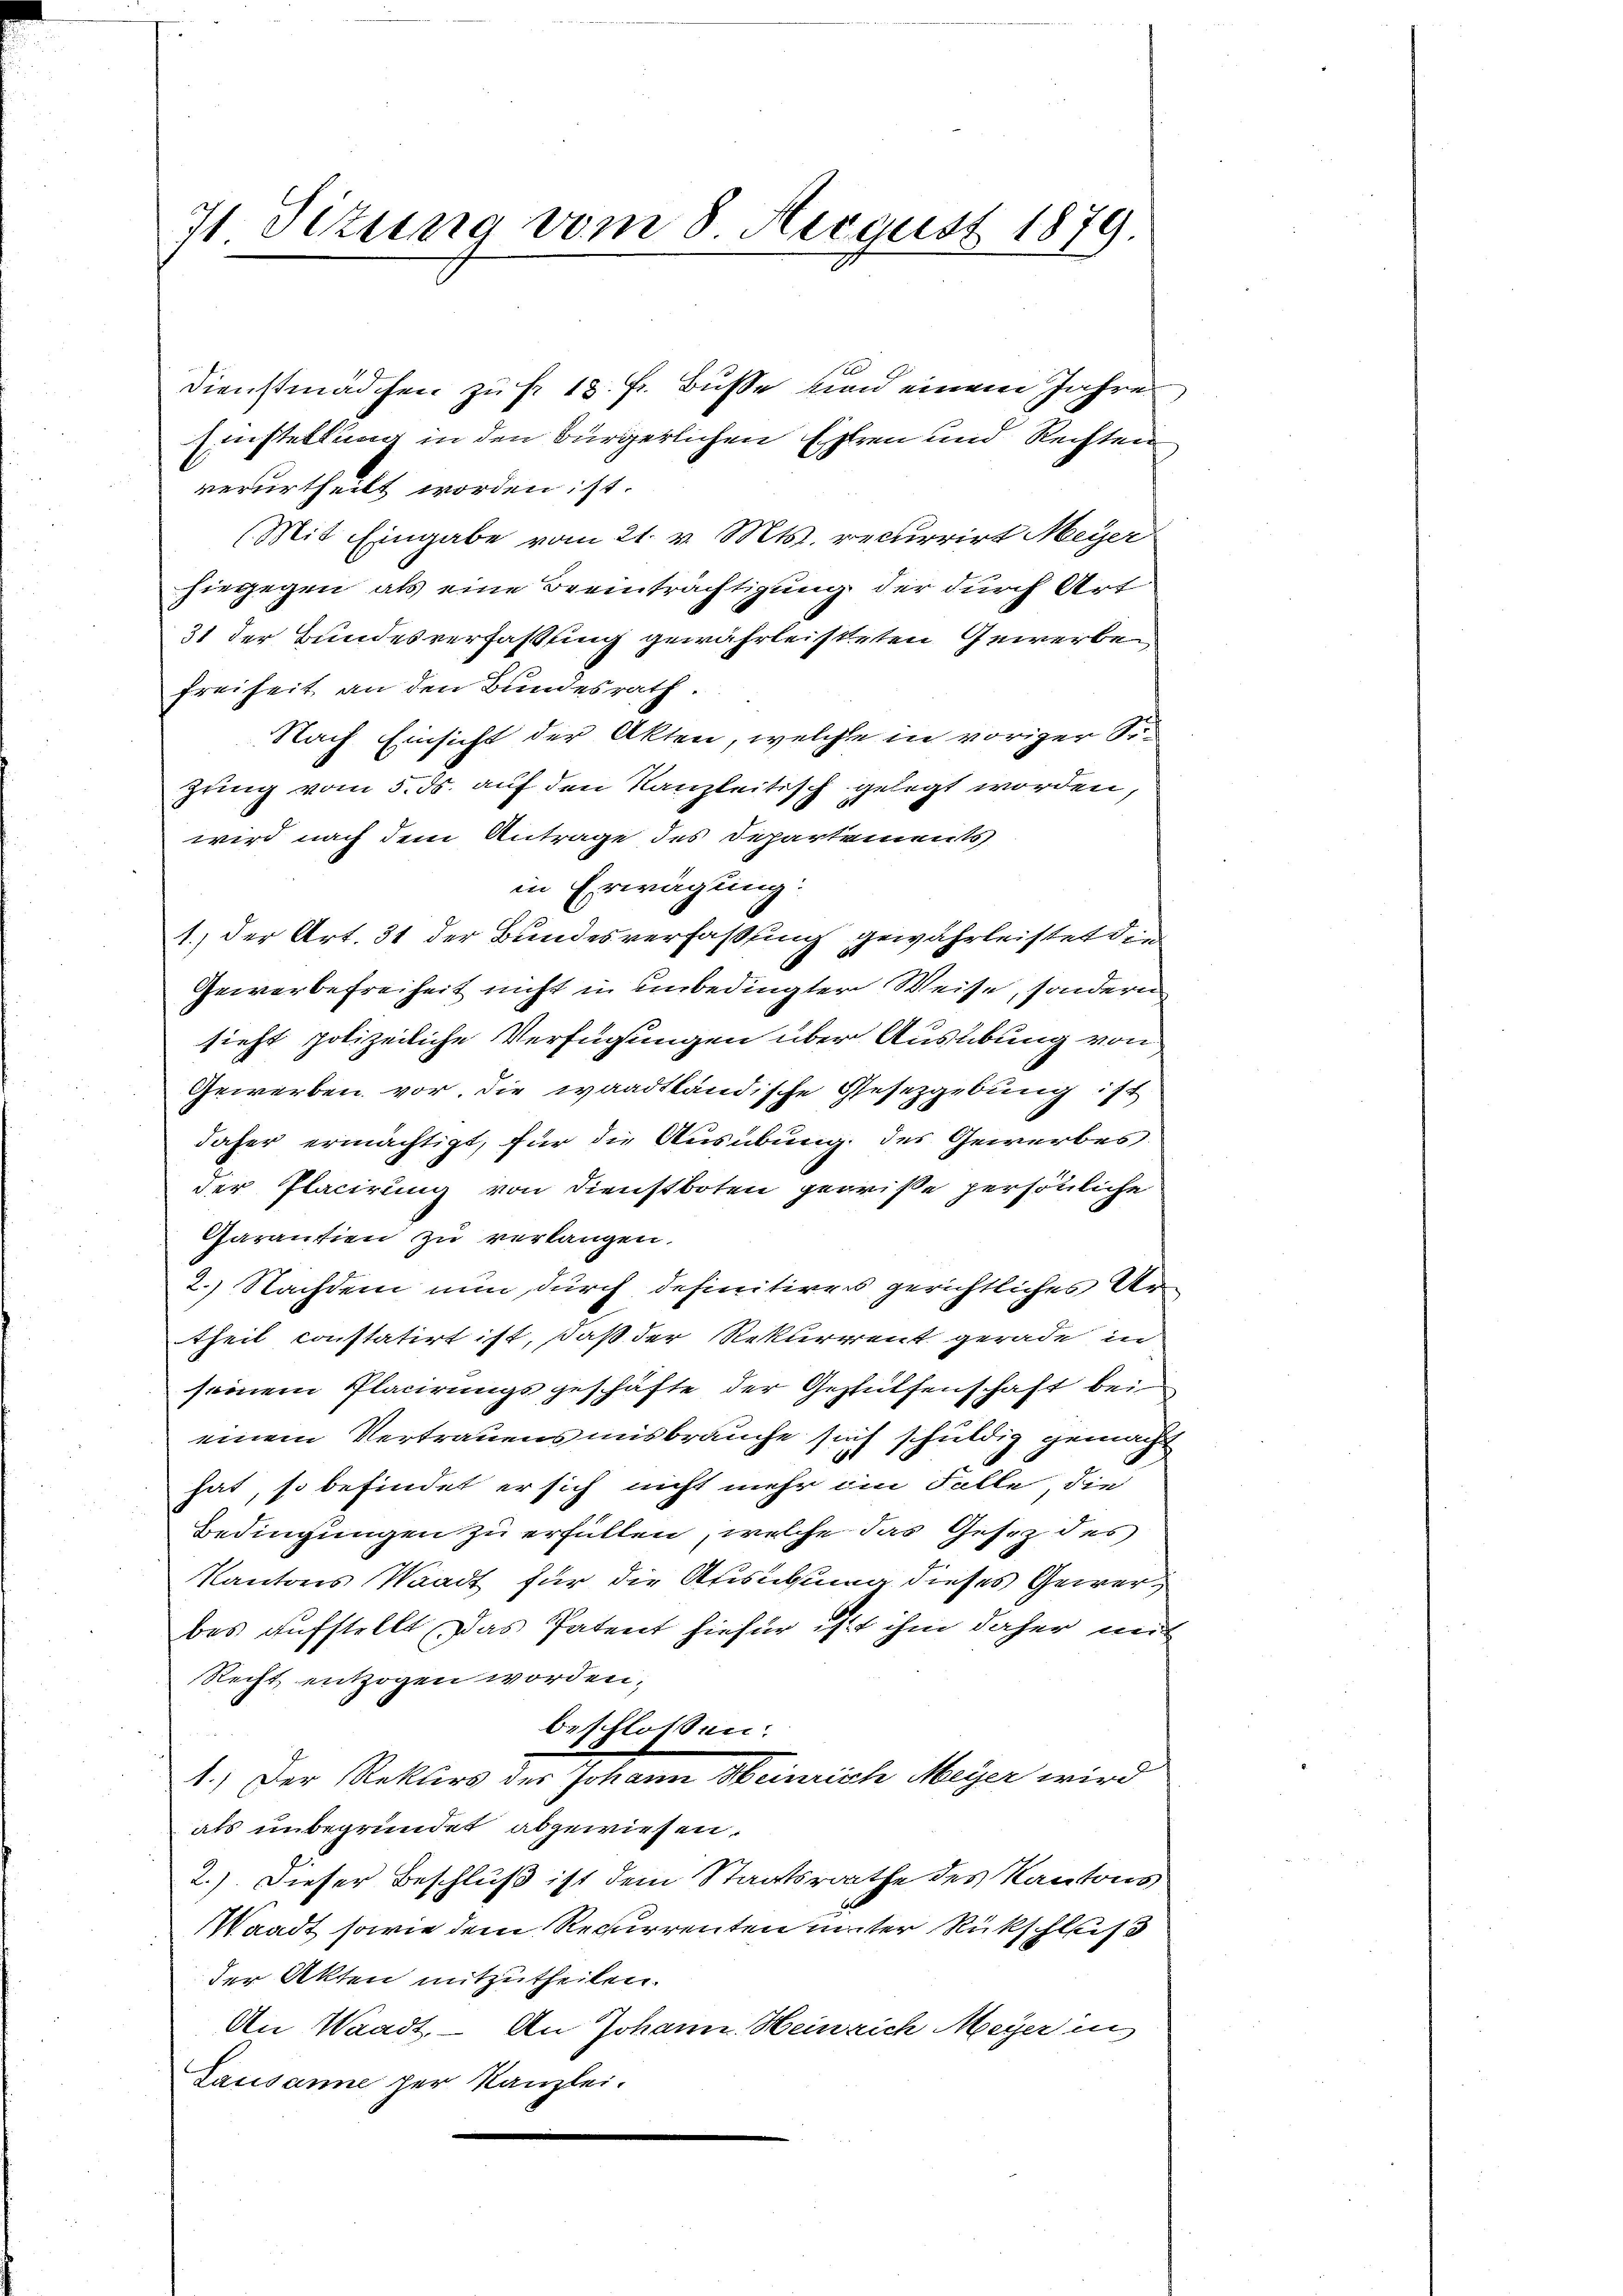
71. Sizung vom 8. August 1879

31 der Bundesverfaßung gewährleisteten Gewerbe
Freiheit an den Bundesrath.
Nach Einsicht der Akten, welche in voriger Sizung vom 5. ds. auf den Kanzleitisch gelegt worden,
wird nach dem Antrage des Departements
in Erwägung:
1.) Der Art. 31 der Bundesverfaßung gewährleistet die
Gewerbefreiheit nicht in unbedingter Weise, sondern
sieht polizeiliche Verfügungen über Ausübung von
Gewerben vor die waadtländische Gesetzgebung ist
daher ermächtigt, für die Ausübung des Gewerbes
der Placirung von Dienstboten geprise persönliche
Garantien zu verlangen.
2.) Nachdem nun durch definitiren gerichtliches Artheil constatirt ist, daß der Rekurrent gerade in
seinem Placirungsgeschäfte der Gestütfenschaft bei
einem Vertrauens misbrauche sich schuldig gemacht
hat, so befindet er sich nicht mehr im Falle, die
Bedingungen zu erfüllen, welche das Gesetz des
Kantons Waadt für die Ausübung dieses Gewerbes aufstellt das Patent hiefür ist ihm daher mit
Recht entzogen worden;
beschlossen:
1.) Der Rektors der Johann Heinrich Meyer wird
als unbegründet abgewiesen.
2.) Dieser Beschluß ist dem Staatsrathe des Kantons
Waadt sowie dem Recurrenten unter Rückschluß
der Akten mitzutheilen.
An Waadt. – An Johann Heinrich Meyer in
Lausanne per Kanzlei.

Dienstmädchen zu fr. 18. Fr. Busse und einem Jahre
Einstellung in den Bürgerlichen Ehren und Rechten
verurtheilt worden ist.
(Mit Eingabe vom 21. v. Mts. recurrirt Meyer
hiegegen als eine Beeinträchtigung der durch Art